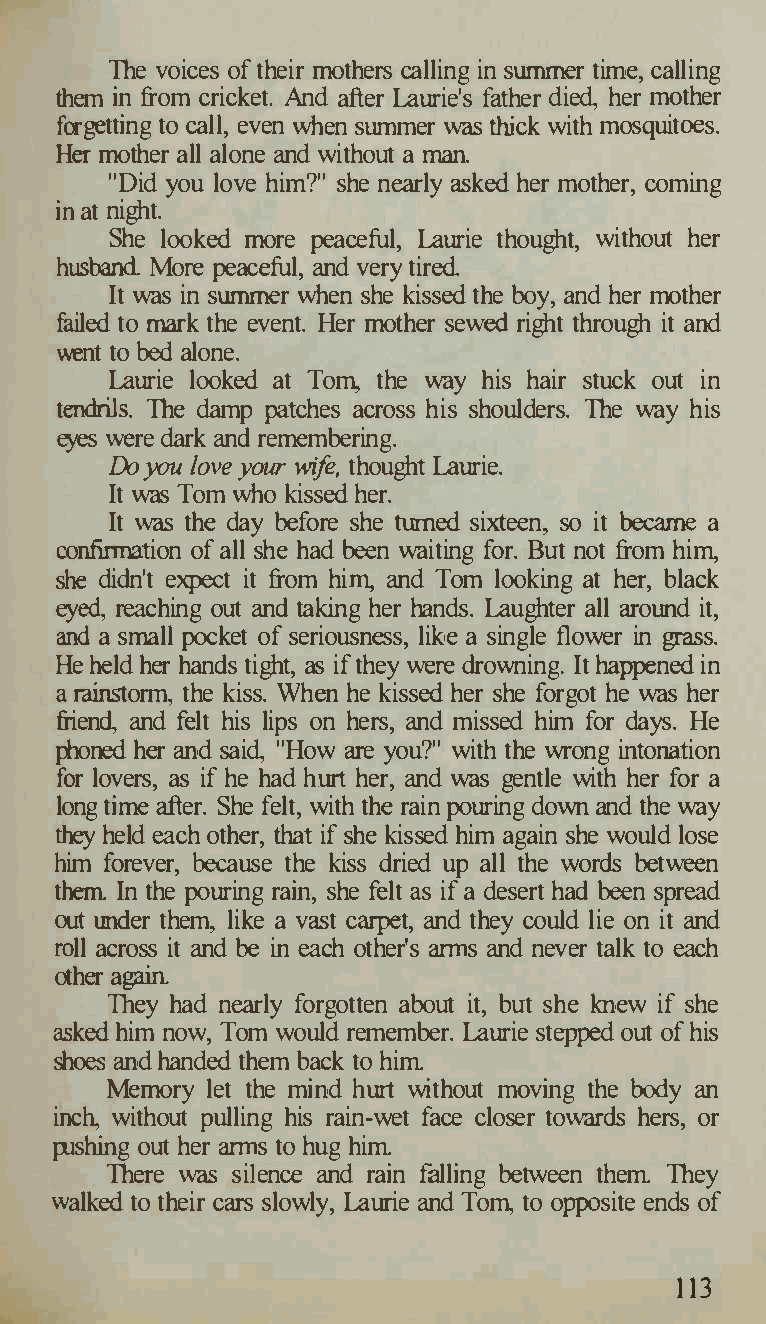
The voices of their mothers calling in summer time, calling
 them in from cricket. And after Laurie's father died, her mother
 forgetting to call, even when summer was thick with mosquitoes.
 Her mother all alone and without a man.
 "Did you love him?" she nearly asked her mother, coming
 in at night.
 She looked more peaceful, Laurie thought, without her
 husband More peaceful, and very tired.
 It was in summer when she kissed the boy, and her mother
 failed to mark the event. Her mother sewed right through it and
 went to bed alone.
 Laurie looked at Tom, the way his hair stuck out in
 tendrils. The damp patches across his shoulders. The way his
 eyes were dark and remembering.
 Do you love your wife, thought Laurie.
 It was Tom who kissed her.
 It was the day before she turned sixteen, so it became a
 confirmation of all she had been waiting for. But not from him,
 she didn't expect it from him, and Tom looking at her, black
 eyed, reaching out and taking her hands. Laughter all around it,
 and a small pocket of seriousness, like a single flower in grass.
 He held her hands tight, as if they were drowning. It happened in
 a rainstorm, the kiss. When he kissed her she forgot he was her
 friend, and felt his lips on hers, and missed him for days. He
 phoned her and said, "How are you?" with the wrong intonation
 for lovers, as if he had hurt her, and was gentle with her for a
 long time after. She felt, with the rain pouring down and the way
 they held each other, that if she kissed him again she would lose
 him forever, because the kiss dried up all the words between
 them In the pouring rain, she felt as if a desert had been spread
 out tmder them, like a vast carpet, and they could lie on it and
 roll across it and be in each other's arms and never talk to each
 other again
 They had nearly forgotten about it, but she knew if she
 asked him now, Tom would remember. Laurie stepped out of his
 shoes and handed them back to him
 Memory let the mind hurt without moving the body an
 inch, without pulling his rain-wet face closer towards hers, or
 pushing out her arms to hug him
 There was silence and rain falling between them They
 walked to their cars slowly, Laurie and Tom, to opposite ends of
 113